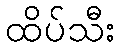
ထိပ်သီး